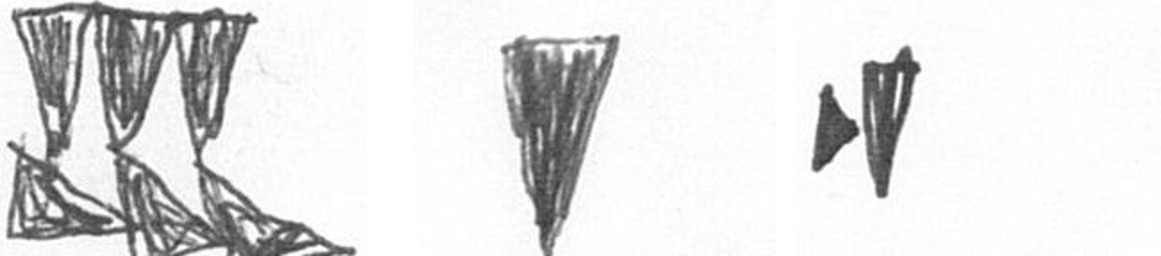
D J M